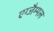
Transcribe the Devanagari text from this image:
एग्जैम्पल